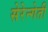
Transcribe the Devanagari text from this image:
सेरेन्गेती